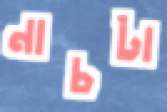
নাচটা